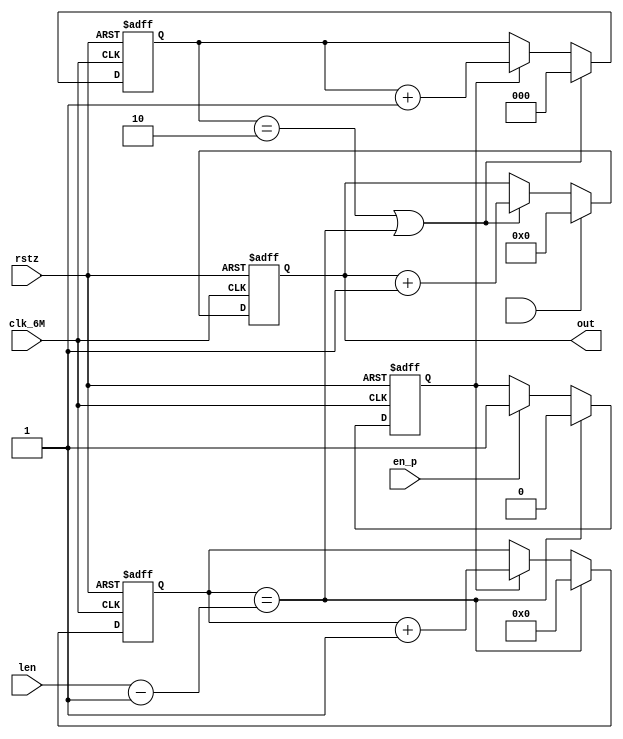
module div3(
clk_6M, rstz,
en_p,
len,
out
);

input clk_6M, rstz;
input en_p;
input [11:0] len;
output [10:0] out;

reg counten;
reg [11:0] bitcount;
reg [2:0] count;
wire sym8psken;

reg [10:0] out;
always @(posedge clk_6M or negedge rstz)
begin
  if (!rstz)
     out <= 0;
  else if (gfsk_endp & p_ius)
     out <= 0;
  else if (sym8psken)
     out <= out + 1'b1 ;
end

assign sym8psken = count==3'd2 | bitcount==(len-1'b1);  // add rem
always @(posedge clk_6M or negedge rstz)
begin
  if (!rstz)
     count <= 0;
  else if (sym8psken)
     count <= 0;
  else if (counten)
     count <= count + 1'b1 ;
end

always @(posedge clk_6M or negedge rstz)
begin
  if (!rstz)
     bitcount <= 0;
  else if (bitcount==(len-1'b1))
     bitcount <= 0;
  else if (counten)
     bitcount <= bitcount + 1'b1 ;
end

always @(posedge clk_6M or negedge rstz)
begin
  if (!rstz)
     counten <= 0;
  else if (bitcount==(len-1'b1))
     counten <= 0;
  else if (en_p)
     counten <= 1'b1 ;
end

endmodule